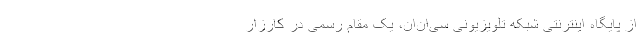
از پایگاه اینترنتی شبکه تلویزیونی سی‌ان‌ان، یک مقام رسمی در کارزار